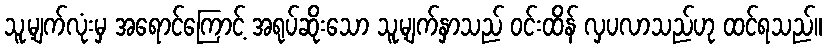
သူ့မျက်လုံးမှ အရောင်ကြောင့် အရုပ်ဆိုးသော သူ့မျက်နှာသည် ဝင်းထိန် လှပလာသည်ဟု ထင်ရသည်။